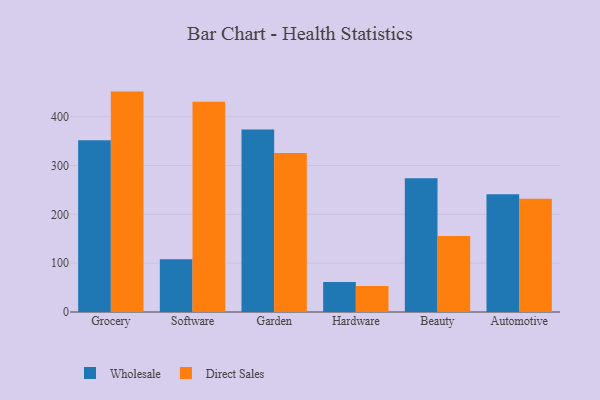
{"axis": {"x": "Category", "y": "Population (Million)"}, "legend": ["Direct Sales", "Wholesale"], "data": [{"x": "Grocery", "y": 351.8, "type": "Wholesale"}, {"x": "Grocery", "y": 451.4, "type": "Direct Sales"}, {"x": "Software", "y": 107.8, "type": "Wholesale"}, {"x": "Software", "y": 430.6, "type": "Direct Sales"}, {"x": "Garden", "y": 373.9, "type": "Wholesale"}, {"x": "Garden", "y": 325.4, "type": "Direct Sales"}, {"x": "Hardware", "y": 61.4, "type": "Wholesale"}, {"x": "Hardware", "y": 53.2, "type": "Direct Sales"}, {"x": "Beauty", "y": 274.1, "type": "Wholesale"}, {"x": "Beauty", "y": 155.7, "type": "Direct Sales"}, {"x": "Automotive", "y": 241.1, "type": "Wholesale"}, {"x": "Automotive", "y": 231.8, "type": "Direct Sales"}]}